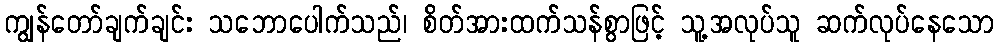
ကျွန်တော်ချက်ချင်း သဘောပေါက်သည်၊ စိတ်အားထက်သန်စွာဖြင့် သူ့အလုပ်သူ ဆက်လုပ်နေသော